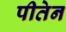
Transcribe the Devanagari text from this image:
पीतेन